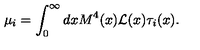
\mu _ { i } = \int _ { 0 } ^ { \infty } d x M ^ { 4 } ( x ) { \cal L } ( x ) \tau _ { i } ( x ) .